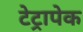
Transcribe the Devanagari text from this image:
टेट्रापेक